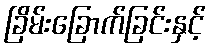
ခြိမ်းခြောက်ခြင်းနှင့်